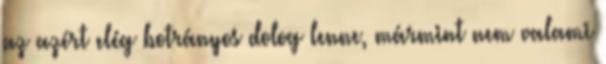
az azért elég botrányos dolog lenne, mármint nem valami